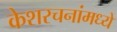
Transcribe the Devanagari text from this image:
केशरचनांमध्ये